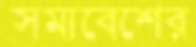
সমাবেশের